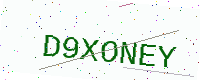
Text: D9XONEY